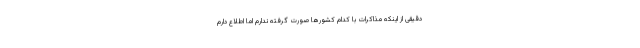
دقیقی از اینکه مذاکرات با کدام کشورها صورت گرفته ندارم اما اطلاع دارم